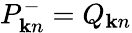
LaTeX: P_{{\mathbf k}n}^{-}=Q_{{\mathbf k}n}